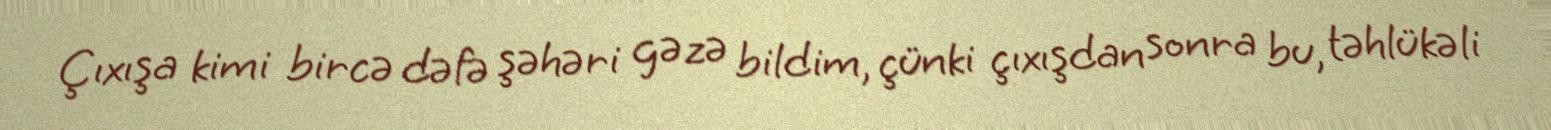
Çıxışa kimi bircə dəfə şəhəri gəzə bildim, çünki çıxışdan sonra bu, təhlükəli